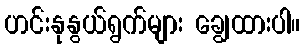
ဟင်းနုနွယ်ရွက်များ ချွေထားပါ။